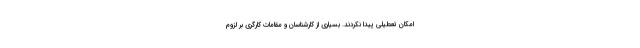
امکان تعطیلی پیدا نکردند. بسیاری از کارشناسان و مقامات کارگری بر لزوم